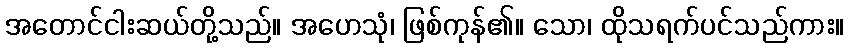
အတောင်ငါးဆယ်တို့သည်။ အဟေသုံ၊ ဖြစ်ကုန်၏။ သော၊ ထိုသရက်ပင်သည်ကား။